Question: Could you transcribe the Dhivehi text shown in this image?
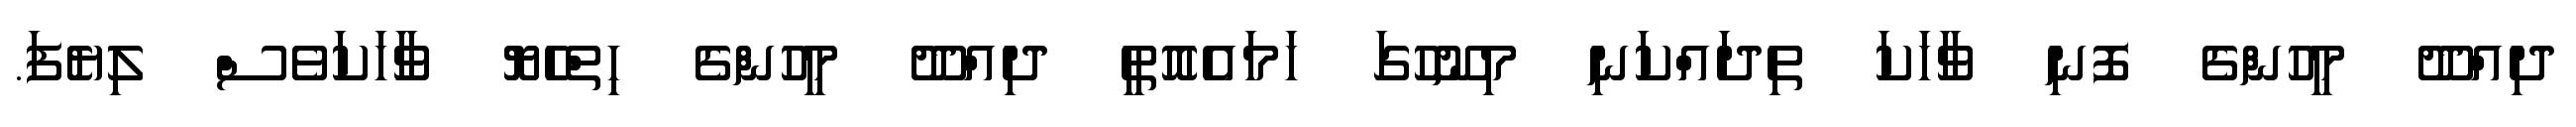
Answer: ދިއްދޫ މީހުންގެ ފޮނި ވާހަކަ ތިދައްކަނި މިނޫހުގަ ހަމައެއޮތީ ދިއްދޫ މީހުންގެ ހިތްހެޔޮ ވާަހަކަވެސް ލިޔެފަ.